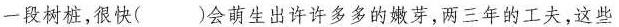
一段树桩，很快( )会萌生出许许多多的嫩芽，两三年的工夫，这些